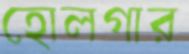
হোলগার